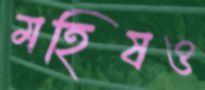
মহিষও